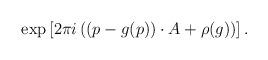
LaTeX: \begin{align*}\exp \left[ 2 \pi i \left((p-g(p))\cdot A + \rho(g)\right) \right] .\end{align*}